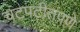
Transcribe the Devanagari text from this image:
चटपटीतपणे